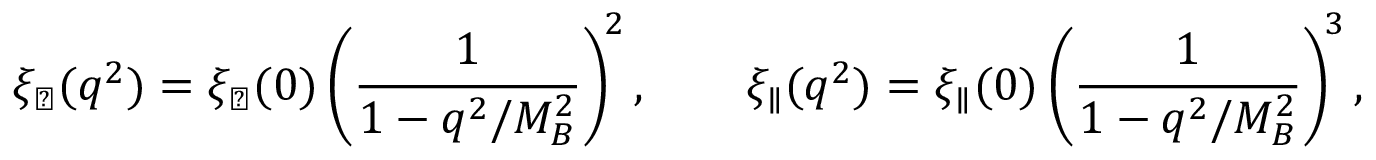
\xi _ { \perp } ( q ^ { 2 } ) = \xi _ { \perp } ( 0 ) \left( \frac { 1 } { 1 - q ^ { 2 } / M _ { B } ^ { 2 } } \right) ^ { \! 2 } , \qquad \xi _ { \parallel } ( q ^ { 2 } ) = \xi _ { \parallel } ( 0 ) \left( \frac { 1 } { 1 - q ^ { 2 } / M _ { B } ^ { 2 } } \right) ^ { \! 3 } ,